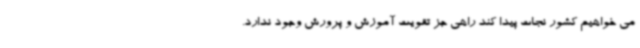
می خواهیم کشور نجات پیدا کند راهی جز تقویت آموزش و پرورش وجود ندارد.